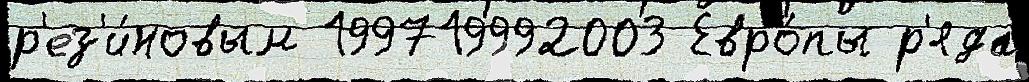
р'ез'и́новым 199719992003 Евро́пы р'яда